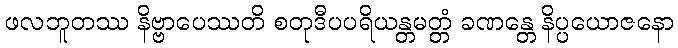
ဖလဘူတဿ နိဗ္ဗာပေဿတိ စတုဒီပပရိယန္တမတ္တံ ခဏန္တေ နိပ္ပယောဇနော